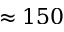
\approx 1 5 0